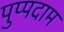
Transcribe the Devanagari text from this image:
पुप्पदाम